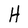
Character: H